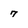
Character: 7